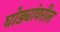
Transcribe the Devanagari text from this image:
घोड्यांवरील